Note on the mental hospitals in Burma - 1925-1940
Year: 1925
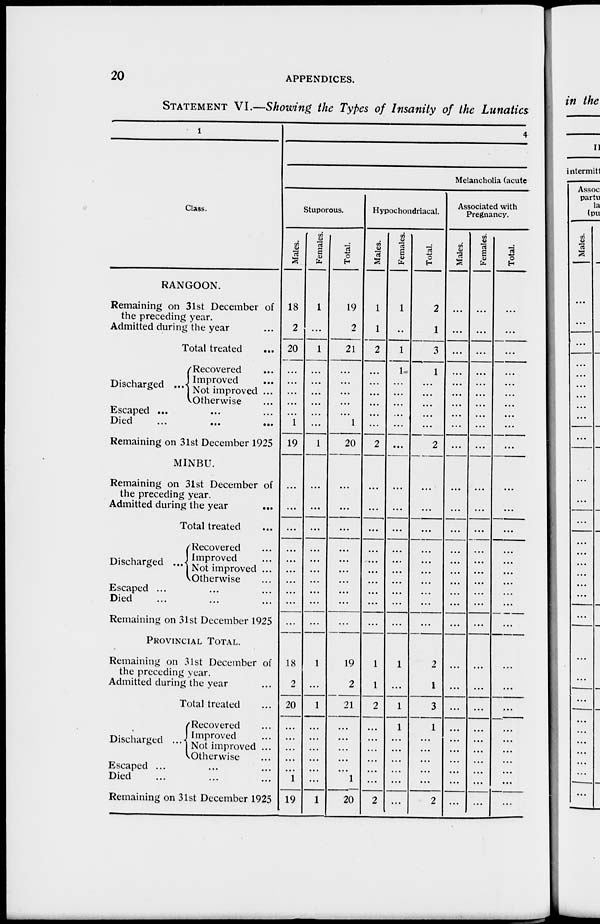
20
APPENDICES.
STATEMENT VI.—Showing the Types of Insanity of the Lunatics
1
Class.
RANGOON.
Remaining on 31st December of
the preceding year.
Admitted during the year ...
Total treated ...
Discharged ...
Recovered ...
Improved ...
Not improved ...
Otherwise ...
Escaped ...
Died ...
Remaining on 31st December 1925
MINBU.
Remaining on 31st December of
the preceding year.
Admitted during the year ...
Total treated ...
Discharged ...
Recovered ...
Improved...
Not improved ...
Otherwise
Escaped ... ... ...
Died... ... ...
Remaining on 31st December 1925
PROVINCIAL TOTAL.
Remaining on 31st December of
the preceding year.
Admitted during the year ...
Total treated ...
Discharged ...
Recovered ...
Improved
Not improved ...
Otherwise ...
Escaped ... ... ...
Died ... ... ...
Remaining on 31st December 1925
4
Melancholia (acute
Stuporous.
Males.
18
2
20
...
...
...
...
...
1
19
...
...
...
...
...
...
...
...
...
...
18
2
20
...
...
...
...
...
1
19
Females.
1
...
1
...
...
...
...
...
...
1
...
...
...
...
...
...
...
...
...
...
1
...
1
...
...
...
...
...
...
1
Total.
19
2
21
...
...
...
...
...
1
20
...
...
...
...
...
...
...
...
...
...
19
2
21
...
...
...
...
...
1
20
Hypochondriacal.
Males.
1
1
2
...
...
...
...
...
...
2
...
...
...
...
...
...
...
...
...
...
1
1
2
...
...
...
...
...
...
2
Females.
1
...
1
1
...
...
...
...
...
...
...
...
...
...
...
...
...
...
...
...
1
...
1
1
...
...
...
...
...
...
Total.
2
1
3
1
...
...
...
...
...
2
...
...
...
...
...
...
...
...
...
...
2
1
3
1
...
...
...
...
...
2
Associated with
Pregnancy.
Males.
...
...
...
...
...
...
...
...
...
...
...
...
...
...
...
...
...
...
...
...
...
...
...
...
...
...
...
...
...
...
Females.
...
...
...
...
...
...
...
...
...
...
...
...
...
...
...
...
...
...
...
...
...
...
...
...
...
...
...
...
...
...
Total.
...
...
...
...
...
...
...
...
...
...
...
...
...
...
...
...
...
...
...
...
...
...
...
...
...
...
...
...
...
...